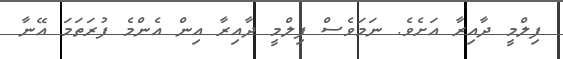
ފިލްމީ ދާއިރާ އަށެވެ. ނަމަވެސް ފިލްމީ ދާއިރާ އިން އެންމެ ފުރަތަމަ އޭނާ